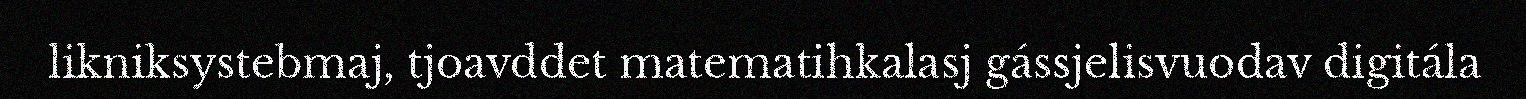
likniksystebmaj, tjoavddet matematihkalasj gássjelisvuodav digitála